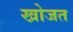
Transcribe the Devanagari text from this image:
खोजत